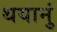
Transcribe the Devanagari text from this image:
थयानुं